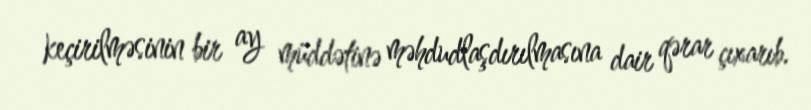
keçirilməsinin bir ay müddətinə məhdudlaşdırılmasına dair qərar çıxarıb.